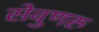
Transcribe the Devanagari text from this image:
सेवुणरु